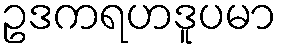
ဥဒကရဟဒူပမာ